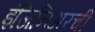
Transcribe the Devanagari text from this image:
इंजिनिअरची